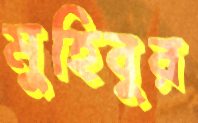
মুহিবুর